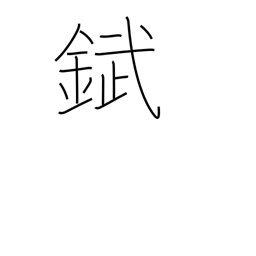
Meaning: tin plate